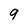
Character: 9